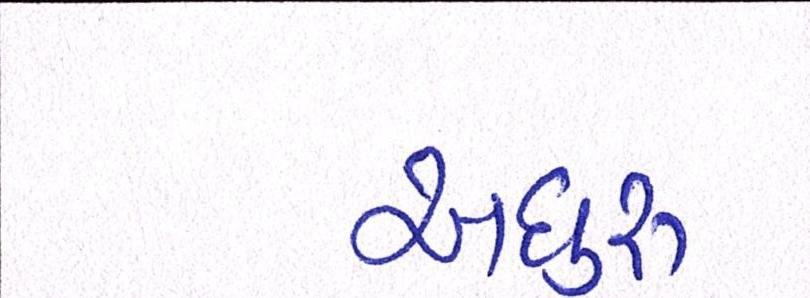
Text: અધુરુ